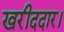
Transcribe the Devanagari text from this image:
खरीददार।